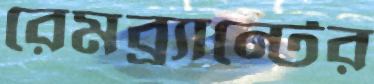
রেমব্র্যান্টের